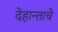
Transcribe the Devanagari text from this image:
देहान्ताचे